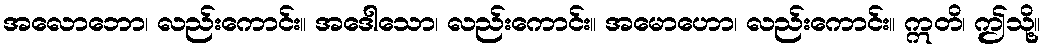
အလောဘော၊ လည်းကောင်း။ အဒေါသော၊ လည်းကောင်း။ အမောဟော၊ လည်းကောင်း။ ဣတိ၊ ဤသို့။